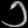
Digit: ၁